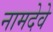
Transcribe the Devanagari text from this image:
नामदेवे